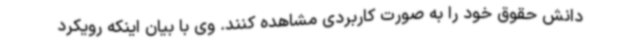
دانش حقوق خود را به صورت کاربردی مشاهده کنند. وی با بیان اینکه رویکرد